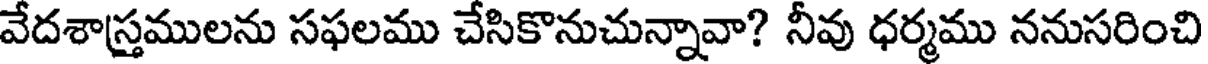
వేదశాస్తములను సఫలము చేసికొనుచున్నావా? నీవు ధర్మము ననుసరించి